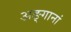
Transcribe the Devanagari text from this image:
अङ्गानां